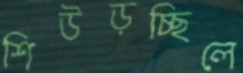
শিউড়চ্ছিলে